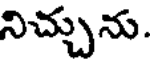
నిచ్చును.